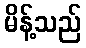
မိန့်သည်